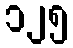
၁၂၅